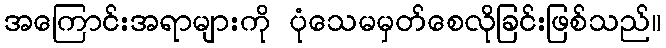
အကြောင်းအရာများကို ပုံသေမမှတ်စေလိုခြင်းဖြစ်သည်။